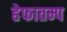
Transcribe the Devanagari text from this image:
हेफातम्प